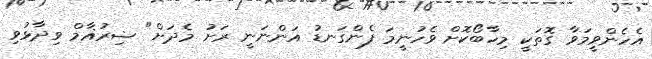
އެހެންވީމަވާ ގޮތަކީ މިހާބޯކޮށް ވެހުނީމަ ފެންގަނޑު އަންނަނީ ރަށު މެދަށް" ޟިރުޣާމް ވިދާޅުވި